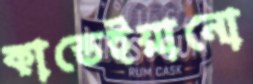
কাস্তেইয়ানো